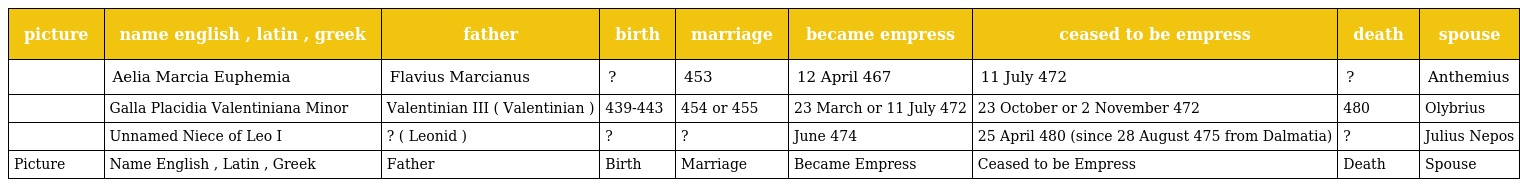
| picture | name english , latin , greek | father | birth | marriage | became empress | ceased to be empress | death | spouse |
 | --- | --- | --- | --- | --- | --- | --- | --- | --- |
 |  | Aelia Marcia Euphemia | Flavius Marcianus | ? | 453 | 12 April 467 | 11 July 472 | ? | Anthemius |
 |  | Galla Placidia Valentiniana Minor | Valentinian III ( Valentinian ) | 439-443 | 454 or 455 | 23 March or 11 July 472 | 23 October or 2 November 472 | 480 | Olybrius |
 |  | Unnamed Niece of Leo I | ? ( Leonid ) | ? | ? | June 474 | 25 April 480 (since 28 August 475 from Dalmatia) | ? | Julius Nepos |
 | Picture | Name English , Latin , Greek | Father | Birth | Marriage | Became Empress | Ceased to be Empress | Death | Spouse |